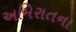
અમિરાતના